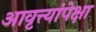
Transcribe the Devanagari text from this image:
आवृत्त्यांपेक्षा